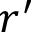
r ^ { \prime }